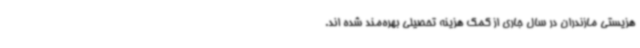
هزیستی مازندران در سال جاری از کمک هزینه تحصیلی بهره‌مند شده اند.